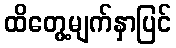
ထိတွေ့မျက်နှာပြင်